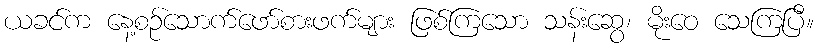
ယခင်က နေ့စဉ်သောက်ဖော်စားဖက်များ ဖြစ်ကြသော သန်းဆွေ၊ မိုးဝေ သေကြပြီ။